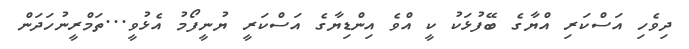
ދިވެހި އަސްކަރި އްޔާގެ ބޭފުޅަކު ކީ އްވެ އިންޑިޔާގެ އަސްކަރީ ޔުނީފޯމު އެޅުވީ...ތަމްރީނުހަދަން